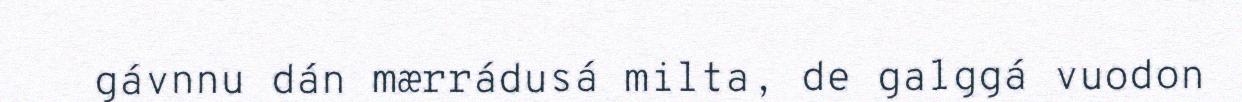
gávnnu dán mærrádusá milta, de galggá vuodon